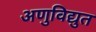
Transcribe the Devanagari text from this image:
अणुविद्युत